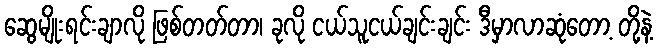
ဆွေမျိုးရင်းချာလို ဖြစ်တတ်တာ၊ ခုလို ငယ်သူငယ်ချင်းချင်း ဒီမှာလာဆုံတော့ တို့နဲ့